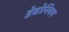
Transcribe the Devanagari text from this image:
डेवोनियम